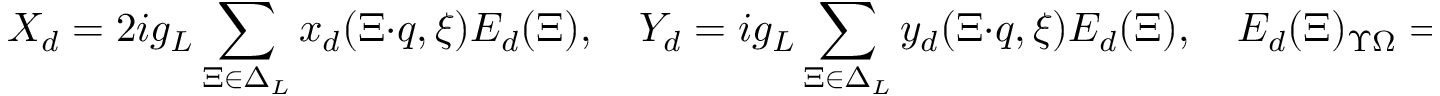
X _ { d } = 2 i g _ { L } \sum _ { \Xi \in \Delta _ { L } } x _ { d } ( \Xi \cdot q , \xi ) E _ { d } ( \Xi ) , \quad Y _ { d } = i g _ { L } \sum _ { \Xi \in \Delta _ { L } } y _ { d } ( \Xi \cdot q , \xi ) E _ { d } ( \Xi ) , \quad E _ { d } ( \Xi ) _ { \Upsilon \Omega } = \delta _ { \Upsilon - \Omega , 2 \Xi } ,